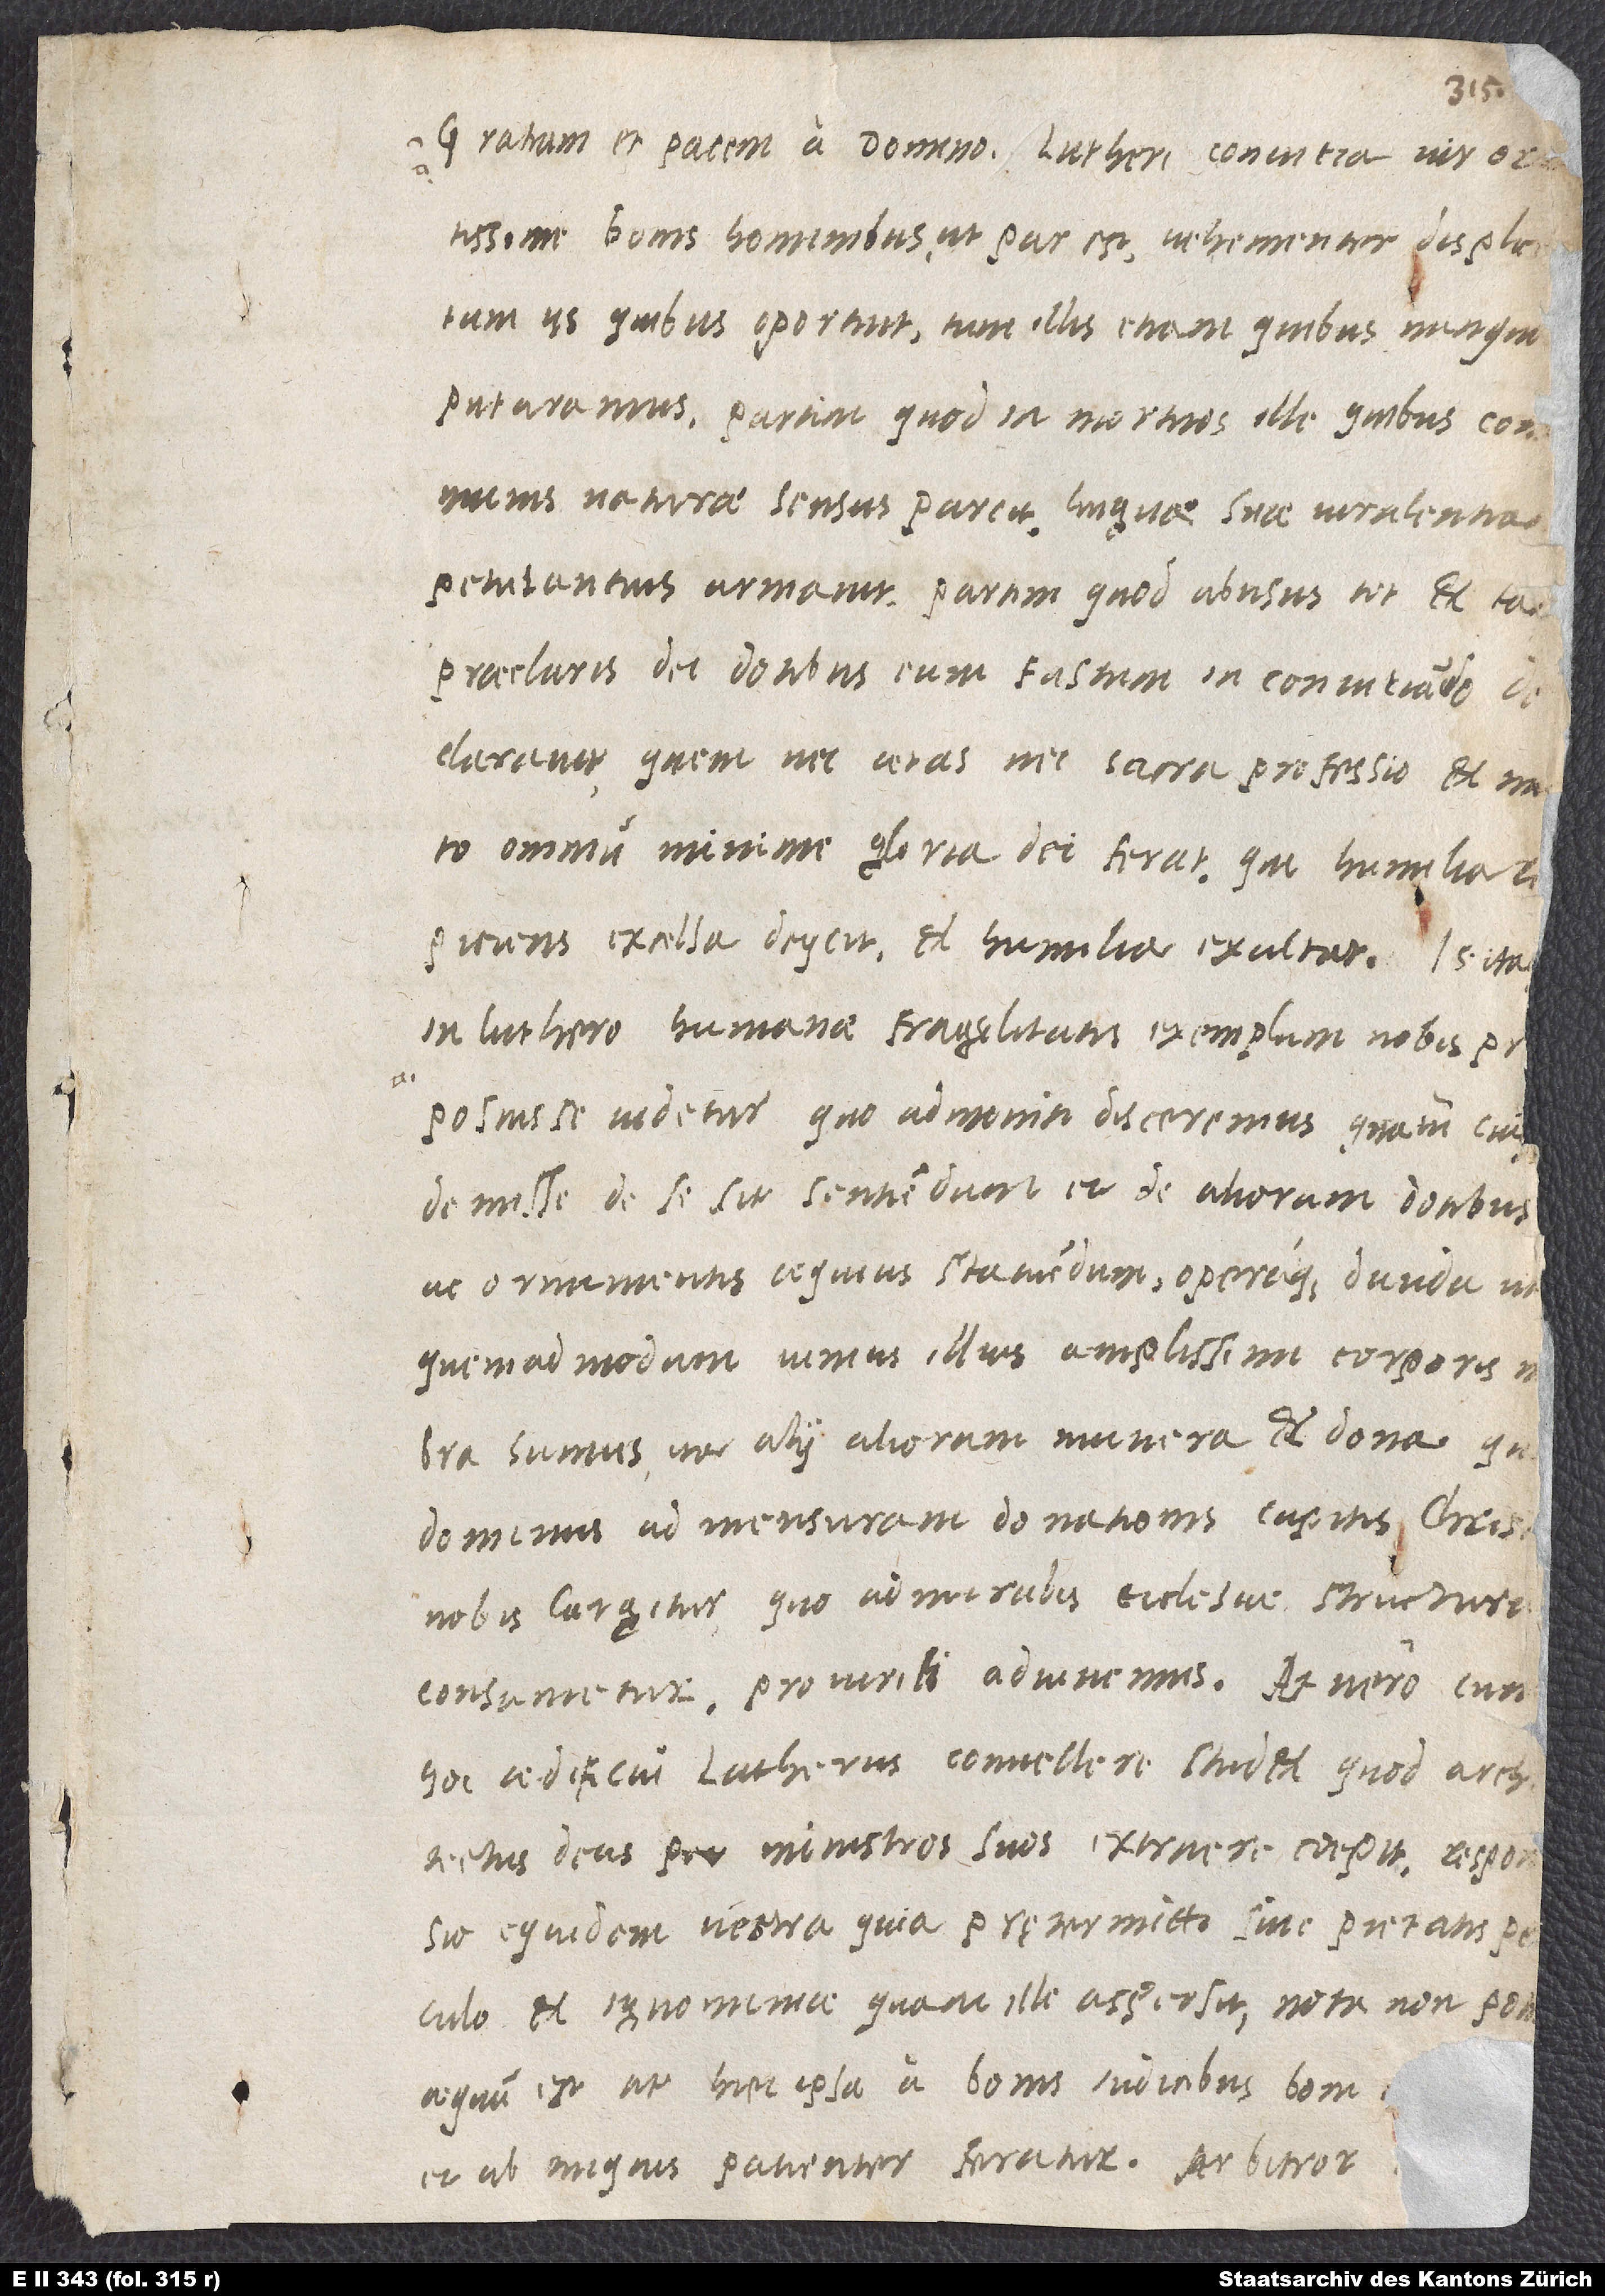
Gratiam et pacem a domino. Lutheri convitia, vir or